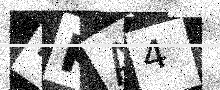
Text: BKA4